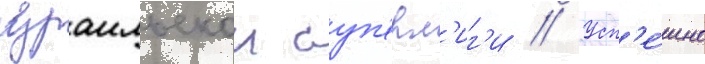
израильскои суп'ерл'иг'и // Усп'е́шно